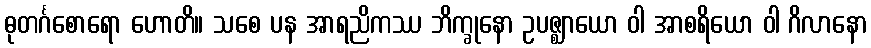
ဓုတင်္ဂစောရော ဟောတိ။ သစေ ပန အာရညိကဿ ဘိက္ခုနော ဥပဇ္ဈာယော ဝါ အာစရိယော ဝါ ဂိလာနော